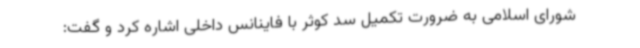
شورای اسلامی به ضرورت تکمیل سد کوثر با فاینانس داخلی اشاره کرد و گفت: